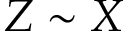
Z \sim X